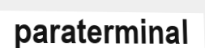
paraterminal